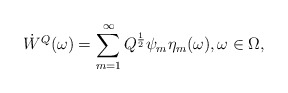
\begin{align*}\dot{W}^Q(\omega)=\sum_{m=1}^\infty Q^{\frac 12}\psi_m \eta_m(\omega),\omega\in \Omega,\end{align*}